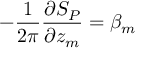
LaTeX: - \frac { 1 } { 2 \pi } \frac { \partial S _ { P } } { \partial z _ { m } } = \beta _ { m }